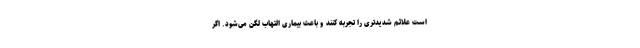
است علائم شدیدتری را تجربه کنند و باعث بیماری التهاب لگن می‌شود. اگر